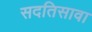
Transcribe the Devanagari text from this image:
सदतिसावा